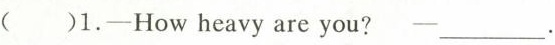
( )1.—How heavy are you?—___